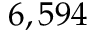
6 , 5 9 4